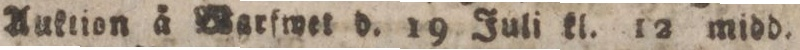
Auktion å Warfwet d. 19 Juli kl. 12 midd.